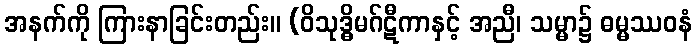
အနက်ကို ကြားနာခြင်းတည်း။ (ဝိသုဒ္ဓိမဂ်ဋီကာနှင့် အညီ၊ သမ္မာ၌ ဓမ္မဿဝနံ